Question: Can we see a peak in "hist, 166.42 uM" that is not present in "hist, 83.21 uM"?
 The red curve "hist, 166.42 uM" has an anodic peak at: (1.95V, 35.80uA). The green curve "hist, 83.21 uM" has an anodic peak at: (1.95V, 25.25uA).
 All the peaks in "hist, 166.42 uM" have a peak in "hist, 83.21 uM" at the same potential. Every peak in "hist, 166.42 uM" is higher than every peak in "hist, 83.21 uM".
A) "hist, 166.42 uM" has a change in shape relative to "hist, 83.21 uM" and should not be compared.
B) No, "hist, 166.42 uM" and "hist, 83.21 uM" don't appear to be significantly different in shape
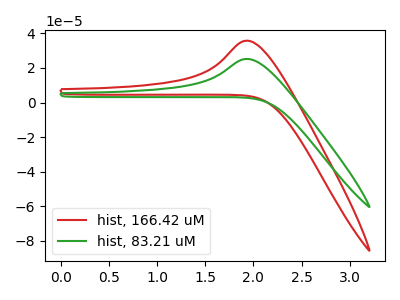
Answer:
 <answer>B) No, "hist, 166.42 uM" and "hist, 83.21 uM" don't appear to be significantly different in shape</answer>
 <eval>B</eval>